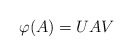
\begin{align*}\varphi(A)=UAV\end{align*}